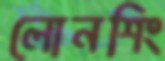
লোনশিং